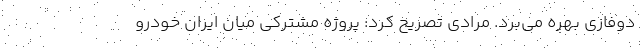
دوفازی بهره می‌برد. مرادی تصریح کرد: پروژه مشترکی میان ایران خودرو